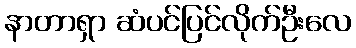
နာတာရှာ ဆံပင်ပြင်လိုက်ဦးလေ